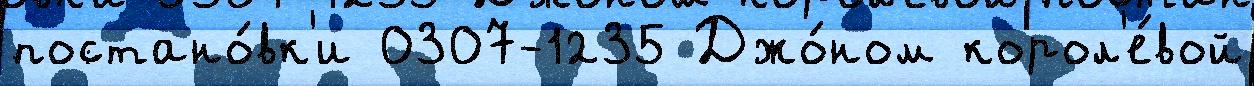
постано́вк'и 0307-1235 Джо́ном корол'е́вой